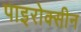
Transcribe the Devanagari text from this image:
पाइरोक्सीन